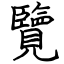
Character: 覽